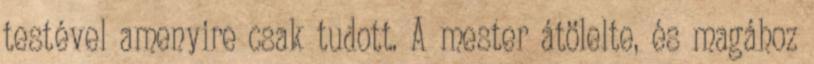
testével amenyire csak tudott. A mester átölelte, és magához